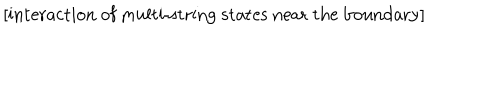
\mathrm { [ i n t e r a c t i o n ~ o f ~ m u l t i - s t r i n g ~ s t a t e s ~ n e a r ~ t h e ~ b o u n d a r y ] }